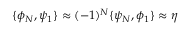
\{ \phi _ { N } , \psi _ { 1 } \} \approx ( - 1 ) ^ { N } \{ \psi _ { N } , \phi _ { 1 } \} \approx \eta